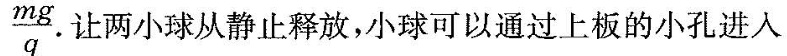
\frac{mg}{q} 。让两小球从静止释放，小球可以通过上板的小孔进入